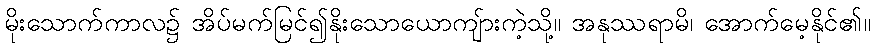
မိုးသောက်ကာလ၌ အိပ်မက်မြင်၍နိုးသောယောကျ်ားကဲ့သို့။ အနုဿရာမိ၊ အောက်မေ့နိုင်၏။